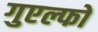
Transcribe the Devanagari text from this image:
गुएल्फों